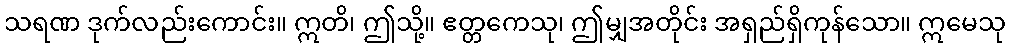
သရဏ ဒုက်လည်းကောင်း။ ဣတိ၊ ဤသို့။ ဧတ္တကေသု၊ ဤမျှအတိုင်း အရှည်ရှိကုန်သော။ ဣမေသု